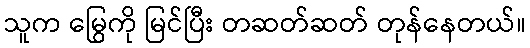
သူက မြွေကို မြင်ပြီး တဆတ်ဆတ် တုန်နေတယ်။